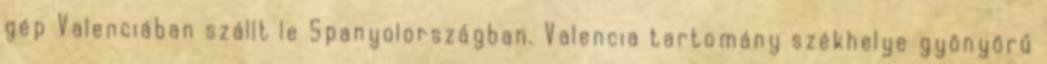
gép Valenciában szállt le Spanyolországban. Valencia tartomány székhelye gyönyörű